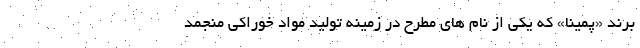
برند «پمینا» که یکی از نام های مطرح در زمینه تولید مواد خوراکی منجمد